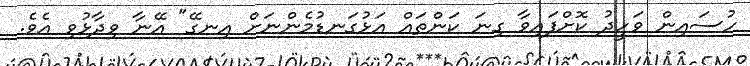
ހުސައިން ވަހީދު ކޮށްފައިވާ ގިނަ ކަންތައް އަޅުގަނޑުމެންނަށް އިނގޭ" އޭނާ ވިދާޅުވި އެވެ.